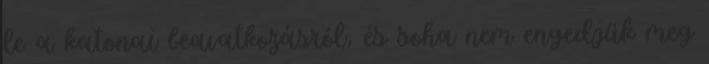
le a katonai beavatkozásról, és soha nem engedjük meg